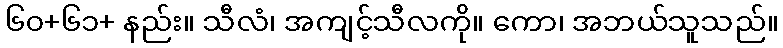
၆၀+၆၁+ နည်း။ သီလံ၊ အကျင့်သီလကို။ ကော၊ အဘယ်သူသည်။